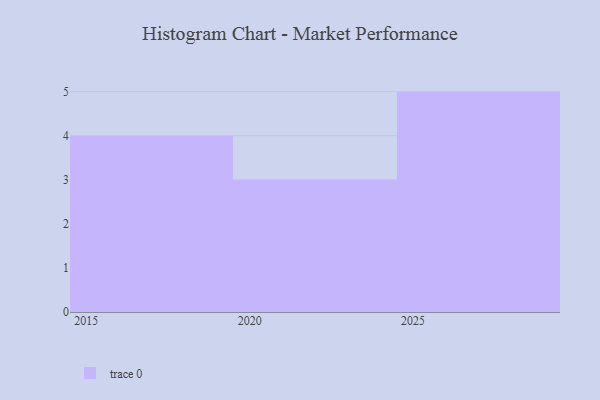
{"axis": {"x": "Year", "y": "Active Users"}, "legend": [""], "data": [{"x": "2021", "y": 64, "type": ""}, {"x": "2020", "y": 45, "type": ""}, {"x": "2023", "y": 44, "type": ""}, {"x": "2028", "y": 100, "type": ""}, {"x": "2018", "y": 36, "type": ""}, {"x": "2026", "y": 73, "type": ""}, {"x": "2019", "y": 54, "type": ""}, {"x": "2016", "y": 37, "type": ""}, {"x": "2025", "y": 27, "type": ""}, {"x": "2027", "y": 49, "type": ""}, {"x": "2029", "y": 79, "type": ""}, {"x": "2017", "y": 54, "type": ""}]}